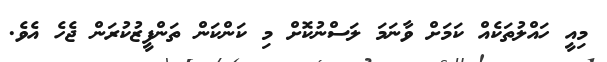
މިއީ ހައްލުތަކެއް ކަމަށް ވާނަމަ ލަސްނުކޮށް މި ކަންކަން ތަންފީޒުކުރަން ޖެހެ އެވެ.